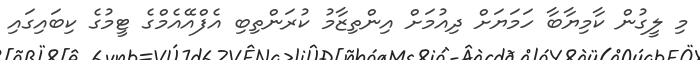
މި ލީގުން ކާމިޔާބާ ހަމަޔަށް ދިއުމަށް އިންތިޒާމު ކުރަންތިބި އެފްއޭއެމްގެ ޓީމުގެ ކިބައިގައި